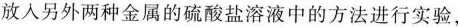
放入另外两种金属的硫酸盐溶液中的方法进行实验